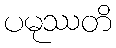
ပမုဿတိ